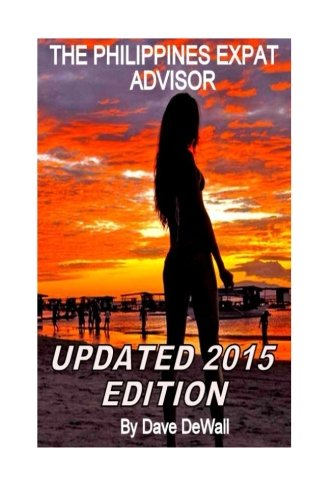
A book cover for The Philippines Expat Advisor: A Guide to Moving and Living in the Philippines; David E. DeWall; Travel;